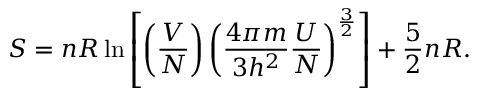
S = n R \ln \left[ \left( { \frac { V } { N } } \right) \left( { \frac { 4 \pi m } { 3 h ^ { 2 } } } { \frac { U } { N } } \right) ^ { \frac { 3 } { 2 } } \right] + { \frac { 5 } { 2 } } n R .